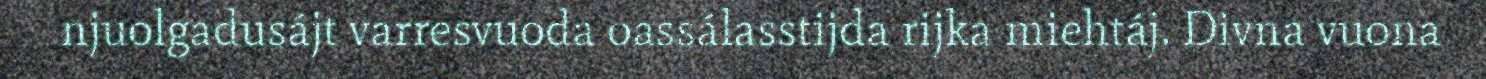
njuolgadusájt varresvuoda oassálasstijda rijka miehtáj. Divna vuona